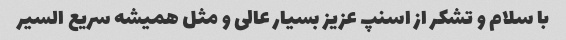
با سلام و تشکر از اسنپ عزیز بسیار عالی و مثل همیشه سریع السیر